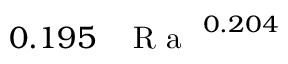
0 . 1 9 5 \, \mathrm { ~ \textit ~ { ~ R ~ a ~ } ~ } ^ { 0 . 2 0 4 }